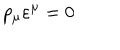
p _ { \mu } \varepsilon ^ { \mu } = 0